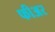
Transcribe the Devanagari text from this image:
फीअर